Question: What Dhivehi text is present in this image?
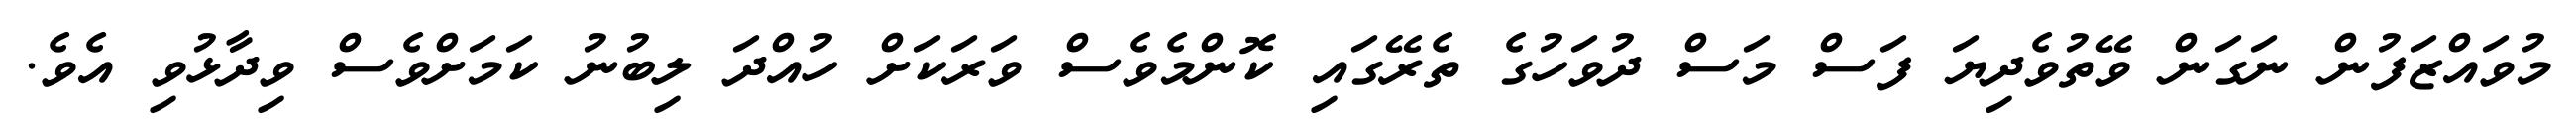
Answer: މުވައްޒަފުން ނަގަން ވޭތުވެދިޔަ ފަސް މަސް ދުވަހުގެ ތެރޭގައި ކޮންމެވެސް ވަރަކަށް ހުއްދަ ލިބުނު ކަމަށްވެސް ވިދާޅުވި އެވެ.